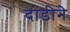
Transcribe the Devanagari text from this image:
दांडीने